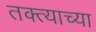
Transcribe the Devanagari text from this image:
तक्त्याच्या